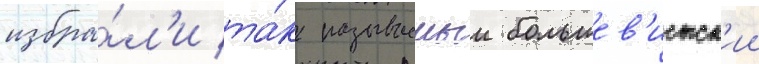
избра́л'и та́к называемыи большев'истск'ии